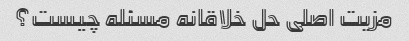
مزیت اصلی حل خلاقانه مسئله چیست؟